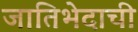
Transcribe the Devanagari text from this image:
जातिभेदाची